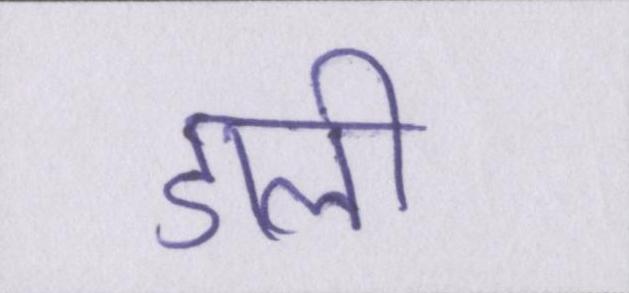
डाली